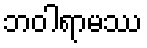
ဘဝါရာမဿ